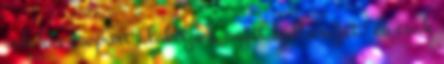
sok kis csoport alakítja a saját kultúráját, és csak